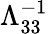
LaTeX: \Lambda_{33}^{-1}